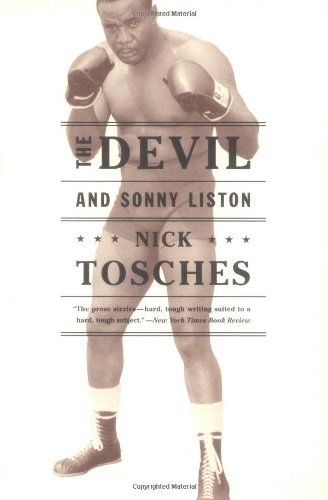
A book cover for The Devil and Sonny Liston; Nick Tosches; Sports & Outdoors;